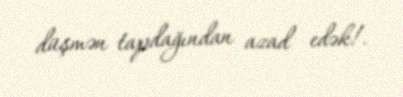
düşmən tapdağından azad edək!.